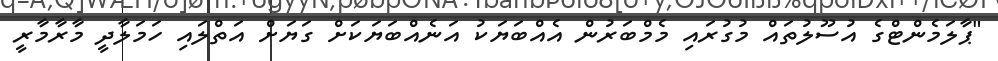
"ޕާލަމެންޓްގެ އުސޫލުތައް މުގުރައި މެމްބަރުން އެއްބަޔަކު އަނެއްބަޔަކަށް ގަޔަށް އަތްލައި ހަމަލާދީ މާރާމާރީ